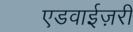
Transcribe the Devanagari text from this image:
एडवाईज़री